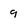
Character: 9